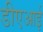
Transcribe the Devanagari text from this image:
डीएआई